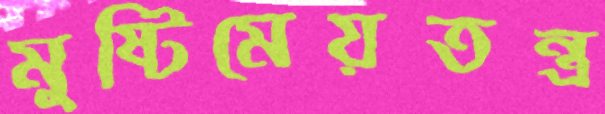
মুষ্টিমেয়তন্ত্র